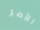
الأمر